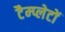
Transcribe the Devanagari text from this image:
टैम्प्लेटों